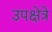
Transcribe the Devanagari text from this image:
उपक्षेत्रे